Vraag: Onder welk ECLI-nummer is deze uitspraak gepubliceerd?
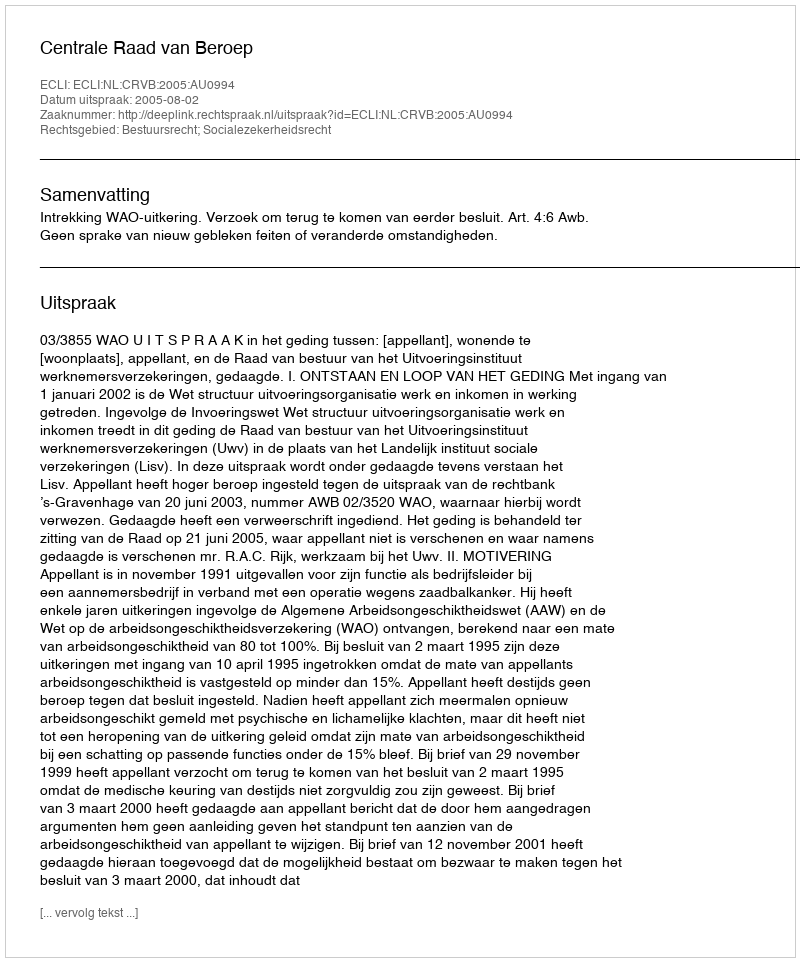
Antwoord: ECLI:NL:CRVB:2005:AU0994